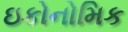
ઇકોનોમિક